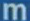
m